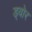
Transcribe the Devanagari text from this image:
ड्वोर